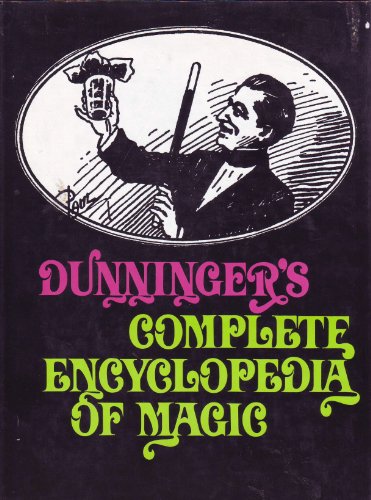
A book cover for Dunninger's Complete Encyclopedia Of Magic; Joseph Dunninger; Humor & Entertainment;